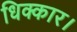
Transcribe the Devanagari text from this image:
धिक्कार।